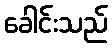
ခေါင်းသည်